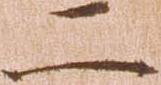
二